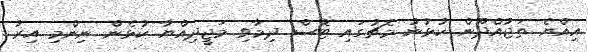
އިއްޔެ ތަޖުއްދޫން ކުޅުނު މެޗުގައި ޓޮސް ދިމާވި މަޖީދިއްޔާ ކުޅެން ނިންމި އިރު